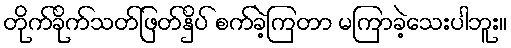
တိုက်ခိုက်သတ်ဖြတ်နှိပ် စက်ခဲ့ကြတာ မကြာခဲ့သေးပါဘူး။